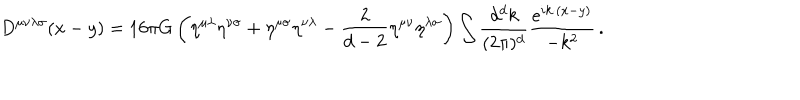
LaTeX: D ^ { \mu \nu \lambda \sigma } ( x - y ) = 1 6 \pi G \left( \eta ^ { \mu \lambda } \eta ^ { \nu \sigma } + \eta ^ { \mu \sigma } \eta ^ { \nu \lambda } - { \frac { 2 } { d - 2 } } \eta ^ { \mu \nu } \eta ^ { \lambda \sigma } \right) \int { \frac { d ^ { d } k } { ( 2 \pi ) ^ { d } } } { \frac { e ^ { i k \cdot ( x - y ) } } { - k ^ { 2 } } } \, .